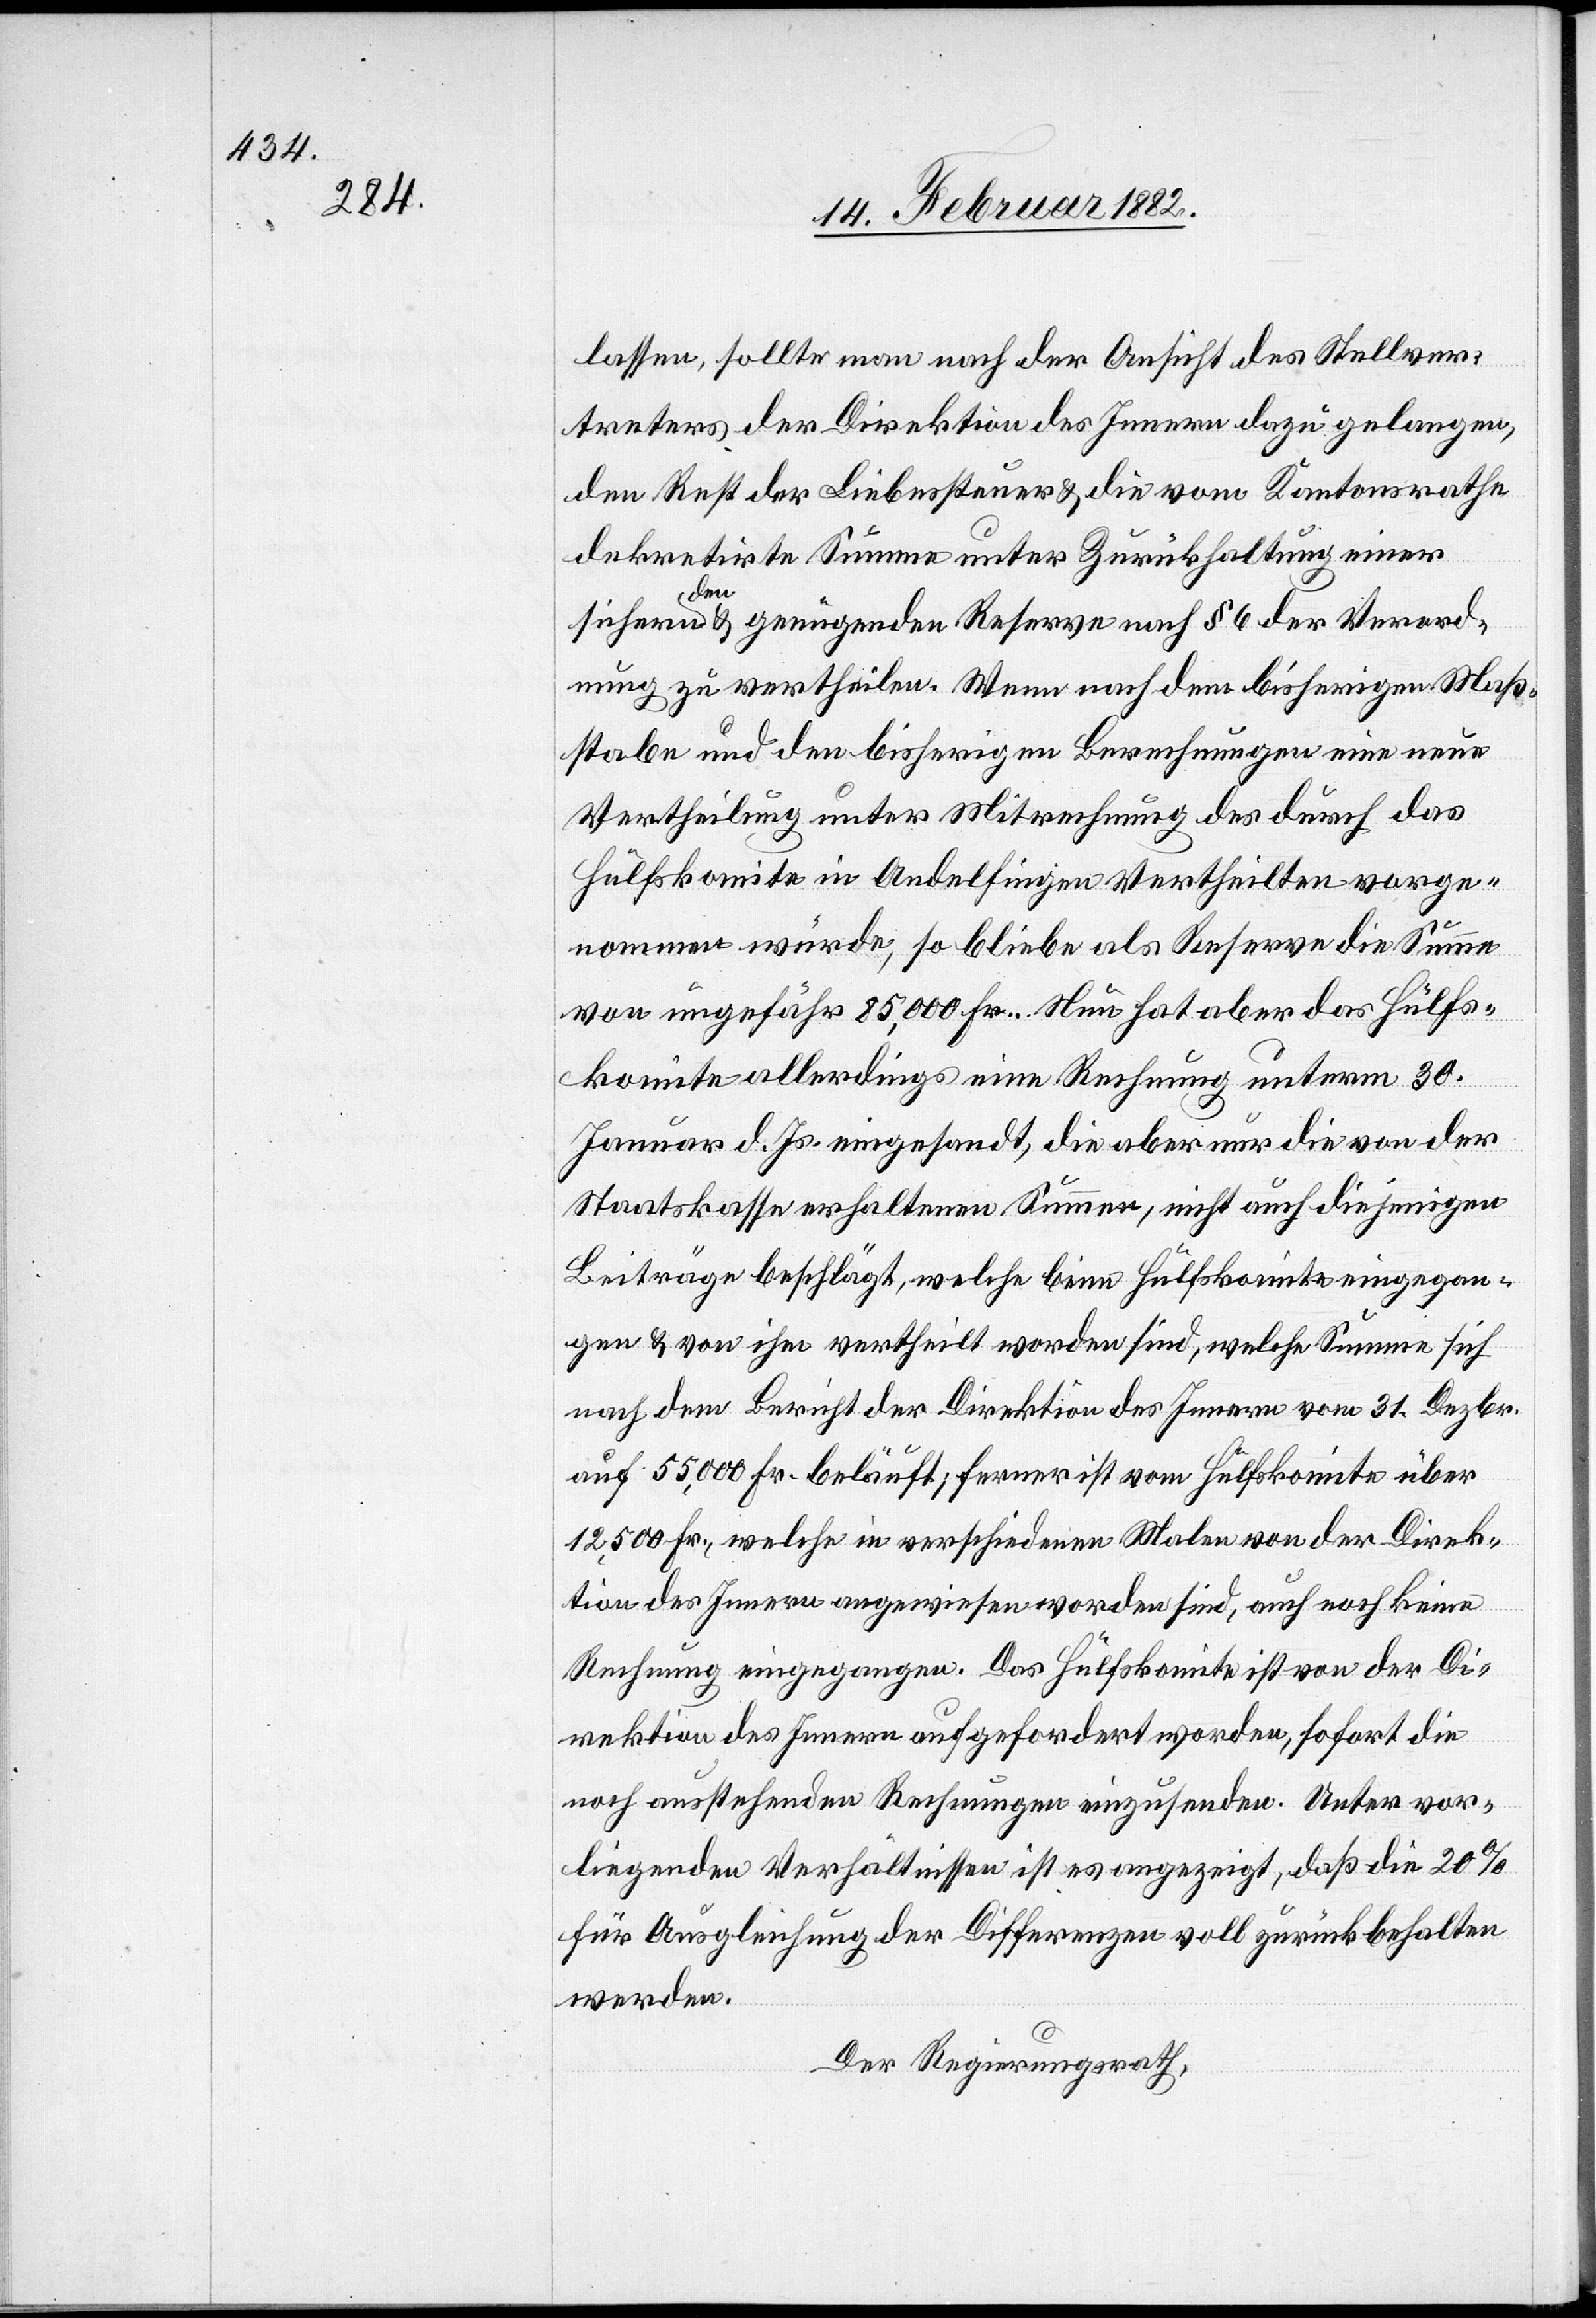
lassen, sollte man nach der Ansicht des Stellver¬
treters der Direktion des Innern dazu gelangen,
den Rest der Liebessteuer & die vom Kantonsrath
dekretirte Summe unter Zurückhaltung einer
sichernden & genügenden Reserve nach § 6 der Verord¬
nung zu vertheilen. Wenn nach dem bisherigen Maß¬
stabe und den bisherigen Berechnungen eine neue
Vertheilung unter Mitrechnung des durch das
Hülfskomite in Andelfingen Vertheilten vorge¬
nommen würde, so bliebe als Reserve die Summe
von ungefähr 85,000 Fr. … Nun hat aber das Hülfs¬
komite allerdings eine Rechnung unterm 30.
Januar d. Js. eingesandt, die aber nur die von der
Staatskasse erhaltenen Summe, nicht auch diejenigen
Beiträge beschlägt, welche beim Hülfskomite eingegan¬
gen & von ihm vertheilt worden sind, welche Summe sich
nach dem Bericht der Direktion des Innern vom 31. Dezbr.
auf 55,000 Fr. beläuft, ferner ist vom Hülfskomite über
12,500 Fr., welche in verschiedenen Malen von der Direk¬
tion des Innern angewiesen worden sind auch noch keine
Rechnung eingegangen. Das Hülfskomite ist von der Di¬
rektion des Innern aufgefordert worden, sofort die
noch ausstehenden Rechnungen einzusenden. Unter vor¬
liegenden Verhältnissen ist es angezeigt, daß die 20%
für Ausgleichung der Differenzen voll zurückbehalten
werden.
Der Regierungsrath,